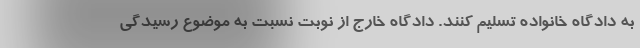
به دادگاه خانواده تسلیم کنند. دادگاه خارج از نوبت نسبت به موضوع رسیدگی